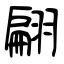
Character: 翩